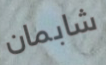
شابمان